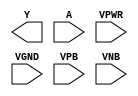
module sky130_fd_sc_ms__clkdlyinv5sd2 (
    Y   ,
    A   ,
    VPWR,
    VGND,
    VPB ,
    VNB
);

    output Y   ;
    input  A   ;
    input  VPWR;
    input  VGND;
    input  VPB ;
    input  VNB ;
endmodule